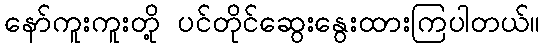
နော်ကူးကူးတို့ ပင်တိုင်ဆွေးနွေးထားကြပါတယ်။